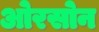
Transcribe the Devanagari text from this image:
ओरसोन